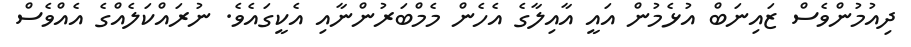
ދިއުމުންވެސް ޒައިނަބް އުޅެމުން އައީ އާއިލާގެ އެހެން މެމްބަރުންނާއި އެކީގައެވެ. ނުރައްކަލެއްގެ އެއްވެސް